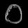
Digit: ၀